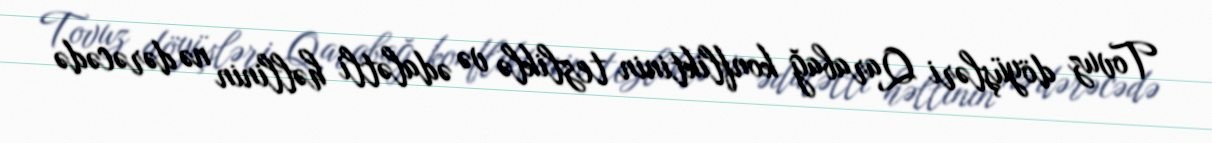
Tovuz döyüşləri Qarabağ konfliktinin tezliklə və ədalətli həllinin nə dərəcədə